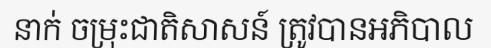
នាក់ ចម្រុះជាតិសាសន៍ ត្រូវបានអភិបាល